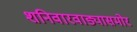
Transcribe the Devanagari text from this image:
शनिवारवाड्यासमोर